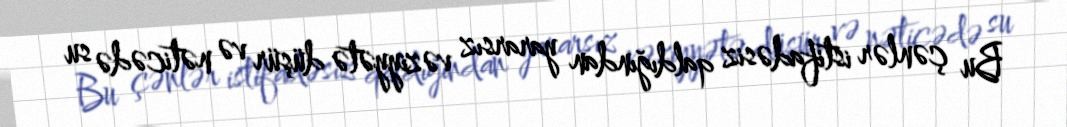
Bu çənlər istifadəsiz qaldığından yararsız vəziyyətə düşür və nəticədə su